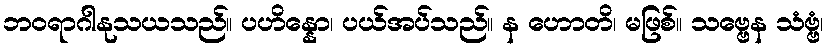
ဘဝရာဂါနုသယသည်။ ပဟိန္နော၊ ပယ်အပ်သည်။ န ဟောတိ၊ မဖြစ်။ သဗ္ဗေန သံဗ္ဗံ၊